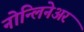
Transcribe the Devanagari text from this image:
नोन्लिनेअर